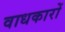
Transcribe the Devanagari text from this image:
वाधकारों